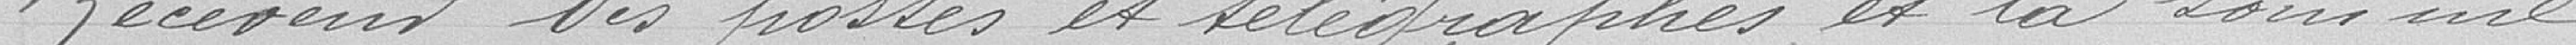
Receveur des postes et télégraphes et la somme